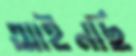
আইনছি